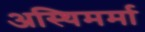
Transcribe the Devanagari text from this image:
अस्थिमर्मा